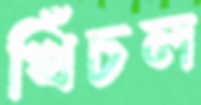
খিঁচল